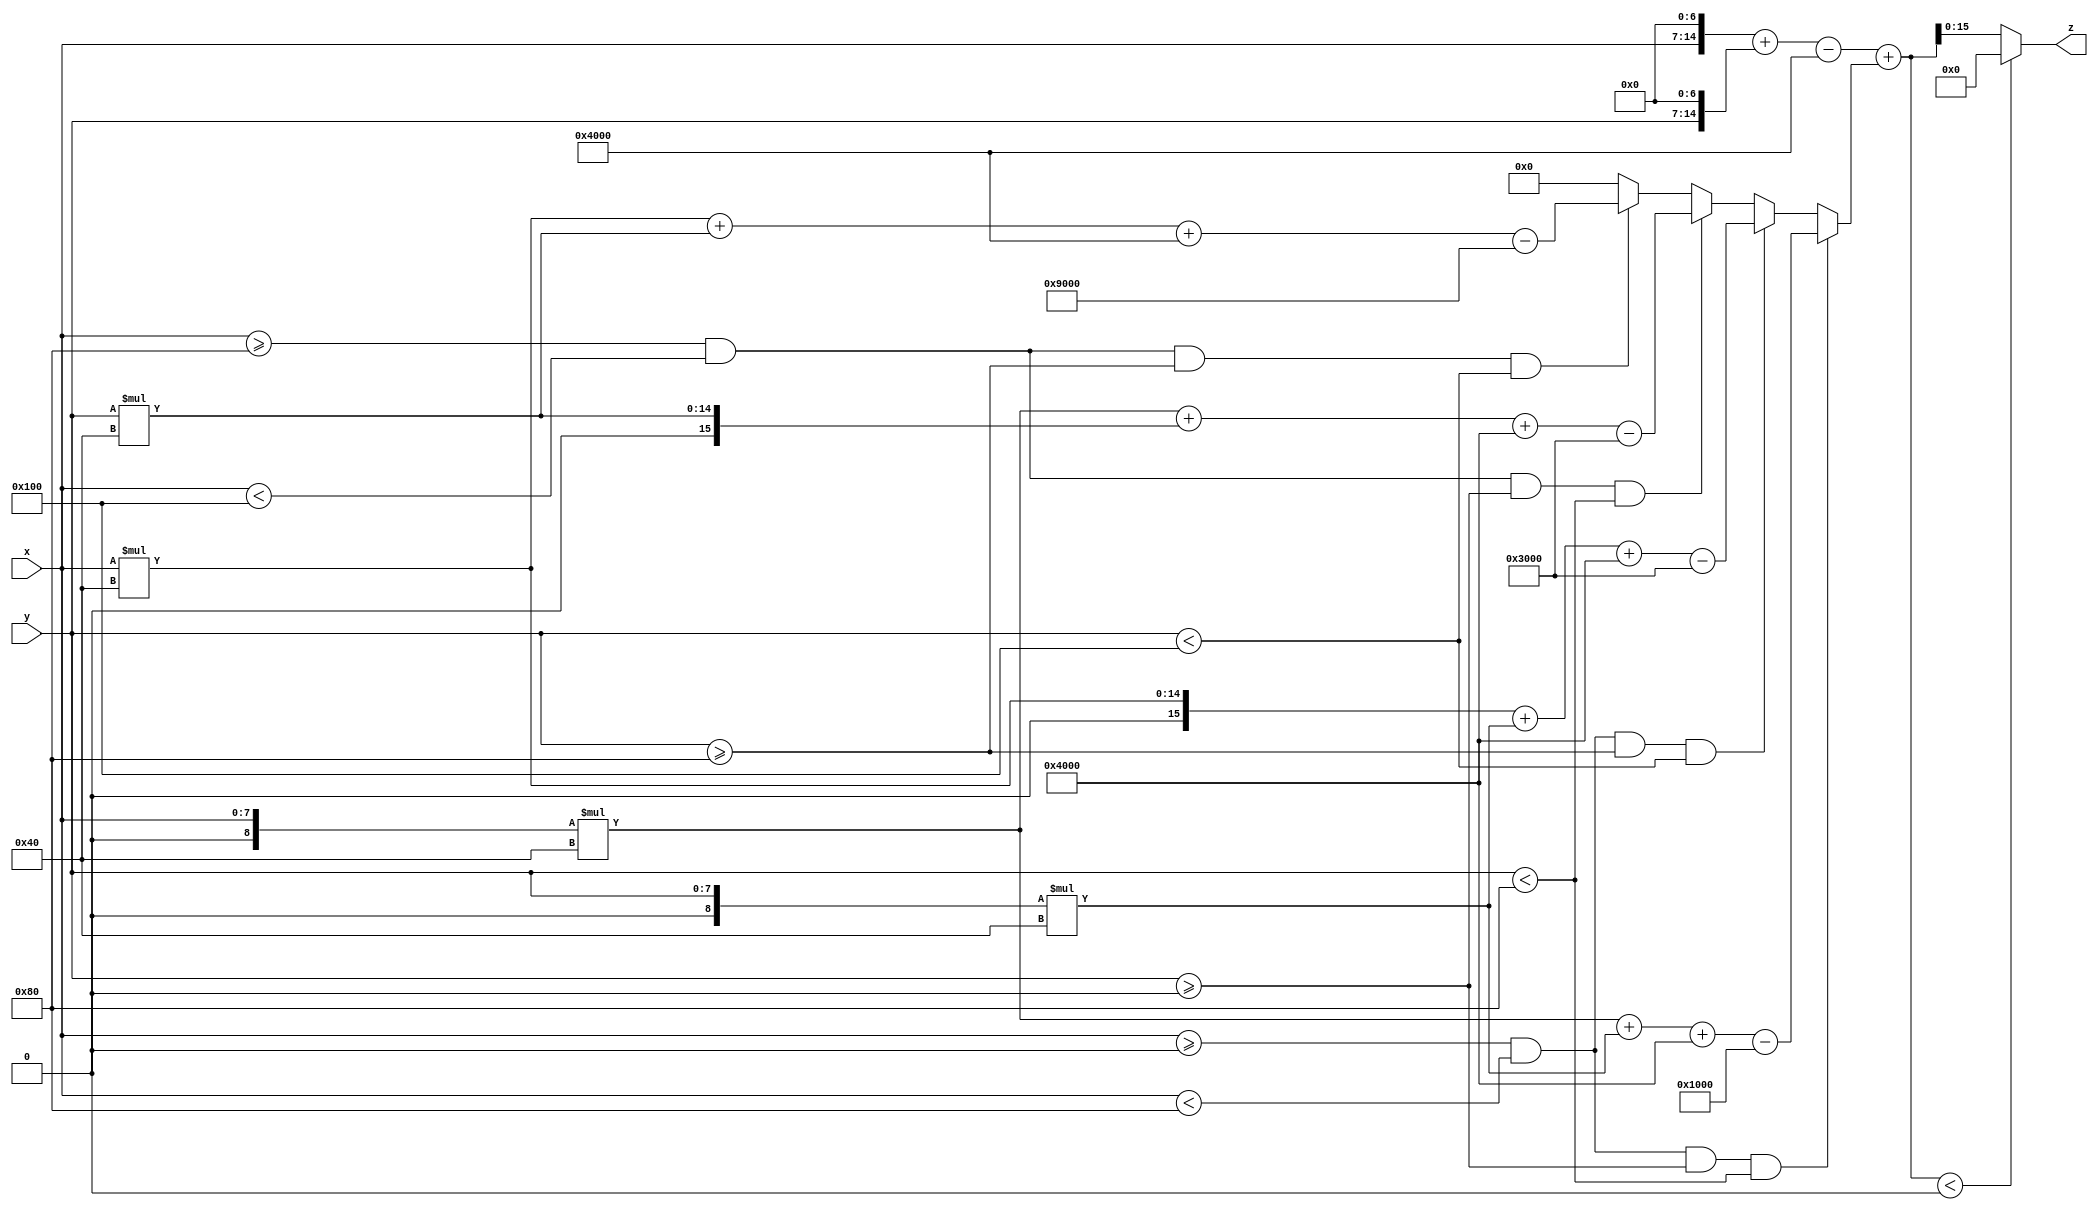
`timescale 1ns/1ps

module optimal1(
    input  [7:0]  x,
    input  [7:0]  y,
    output [15:0] z
);

wire [15:0] x0 = x << 7;
wire [15:0] y0 = y << 7;
wire signed [16:0] z0 = $signed(x0) + $signed(y0) - 16384;

wire [16:0] x_wire = x;
wire [16:0] y_wire = y;

wire signed [16:0] detz1 = (x>=0 && x<128 && y>=0 && y<128)? ($signed(x_wire))*(64-128)+($signed(y_wire))*(64-128)+128*128-64*64
: (x>=0 && x<128 && y>=128 && y<256)? ($signed(x_wire))*(192-128)+($signed(y_wire))*(64-128)+128*128-64*192
: (x>=128 && x<256 && y>=0 && y<128)? ($signed(x_wire))*(64-128)+($signed(y_wire))*(192-128)+128*128-192*64
: (x>=128 && x<256 && y>=128 && y<256)? ($signed(x_wire))*(192-128)+($signed(y_wire))*(192-128)+128*128-192*192
: 0;

wire signed [16:0] z_sign = z0 + detz1;

assign z = (z_sign < 0)? 0 : z_sign[15:0];

endmodule